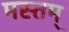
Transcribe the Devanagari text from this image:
मस्तम्